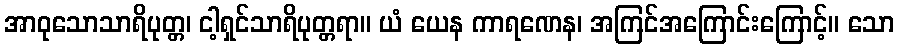
အာဝုသောသာရိပုတ္တ၊ ငါ့ရှင်သာရိပုတ္တရာ။ ယံ ယေန ကာရဏေန၊ အကြင်အကြောင်းကြောင့်။ သော